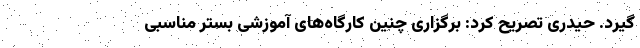
گیرد. حیدری تصریح کرد: برگزاری چنین کارگاه‌های آموزشی بستر مناسبی